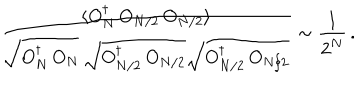
{ \frac { \langle O _ { N } ^ { \dagger } \, O _ { N / 2 } \, O _ { N / 2 } \rangle } { \sqrt { O _ { N } ^ { \dagger } \, O _ { N } } \, \sqrt { O _ { N / 2 } ^ { \dagger } \, O _ { N / 2 } } \sqrt { O _ { N / 2 } ^ { \dagger } \, O _ { N / 2 } } } } \sim { \frac { 1 } { 2 ^ { N } } } \, .